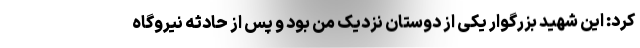
کرد: این شهید بزرگوار یکی از دوستان نزدیک من بود و پس از حادثه نیروگاه